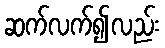
ဆက်လက်၍လည်း